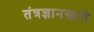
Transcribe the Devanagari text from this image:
तंत्रज्ञानखाते